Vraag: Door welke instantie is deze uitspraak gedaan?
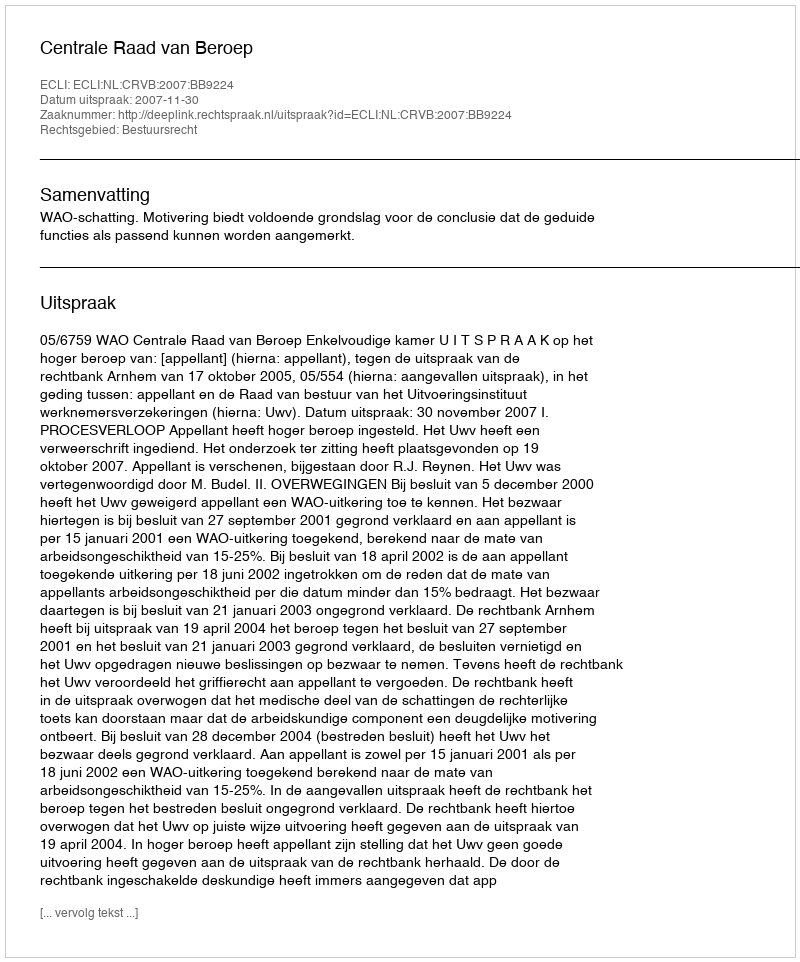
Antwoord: Centrale Raad van Beroep